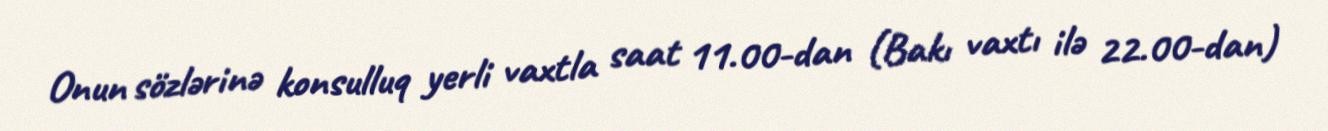
Onun sözlərinə konsulluq yerli vaxtla saat 11.00-dan (Bakı vaxtı ilə 22.00-dan)